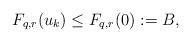
LaTeX: \begin{align*} F_{q,r}(u_k)\leq F_{q,r}(0):=B,\end{align*}